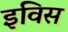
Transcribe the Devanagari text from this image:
इविस